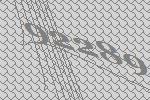
92289